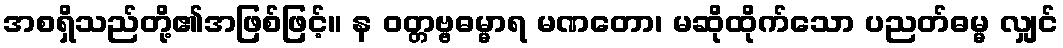
အစရှိသည်တို့၏အဖြစ်ဖြင့်။ န ဝတ္တဗ္ဗဓမ္မာရ မဏတော၊ မဆိုထိုက်သော ပညတ်ဓမ္မ လျှင်